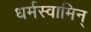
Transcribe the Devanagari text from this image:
धर्मस्वामिन्